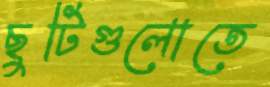
ছুটিগুলোতে